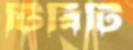
টিবিটি